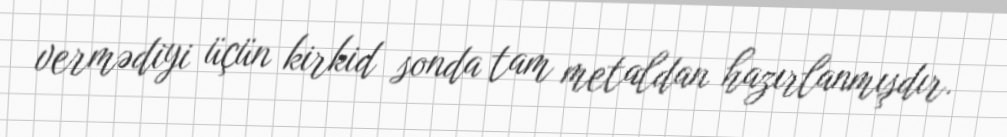
vermədiyi üçün kirkid sonda tam metaldan hazırlanmışdır.